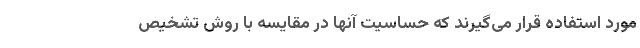
مورد استفاده قرار می‌گیرند که حساسیت آنها در مقایسه با روش تشخیص